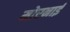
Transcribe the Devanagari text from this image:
मोरनाई